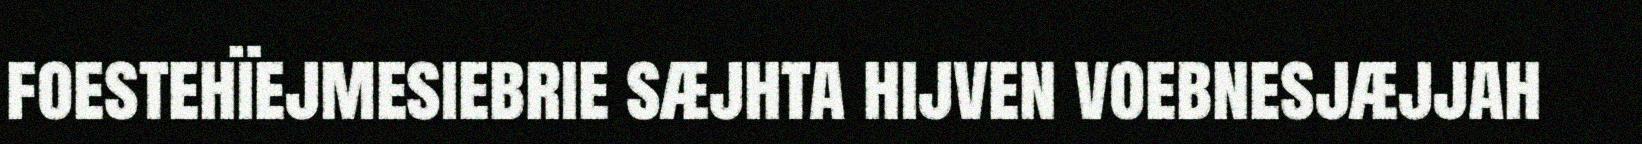
foestehïejmesiebrie sæjhta hijven voebnesjæjjah